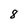
Character: 8